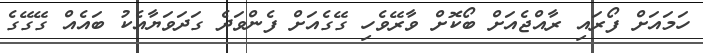
ހަމައަށް ފޯރައި ރާއްޖެއަށް ބޯކޮށް ވާރޭވެހި ގޭގެއަށް ފެންވަދެ ގަދަވަޔާއެކު ބައެއް ގޭގޭގެ